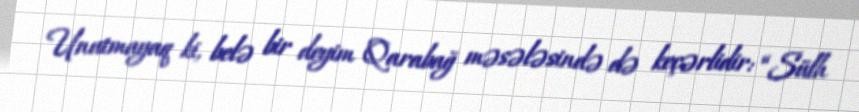
Unutmayaq ki, belə bir deyim Qarabağ məsələsində də keçərlidir: “Sülh